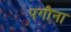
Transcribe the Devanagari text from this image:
पगौना